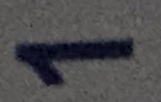
1